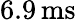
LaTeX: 6.9\, \mathrm{ms}